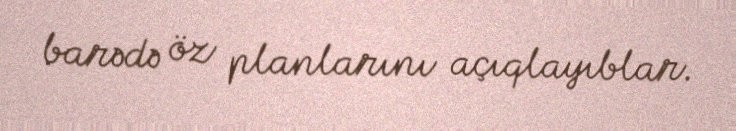
barədə öz planlarını açıqlayıblar.